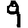
Digit: 9